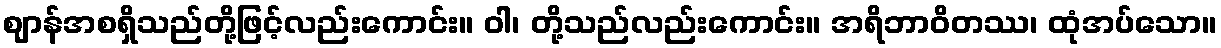
ဈာန်အစရှိသည်တို့ဖြင့်လည်းကောင်း။ ဝါ၊ တို့သည်လည်းကောင်း။ အရိဘာဝိတဿ၊ ထုံအပ်သော။